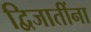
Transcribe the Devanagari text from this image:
द्विजातींना